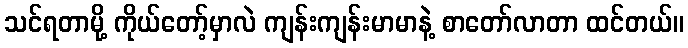
သင်ရတာမို့ ကိုယ်တော့်မှာလဲ ကျန်းကျန်းမာမာနဲ့ စာတော်လာတာ ထင်တယ်။